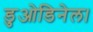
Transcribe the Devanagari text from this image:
डुओडिनेल।